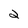
Character: 2